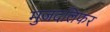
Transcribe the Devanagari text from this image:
मुजदलिफर